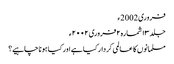
فروری 2002ء
جلد ۱۳ شمارہ۲ فروری ۲۰۰۲ء
مسلمانوں کا عالمی کردار کیا ہے اور کیا ہونا چاہیے؟